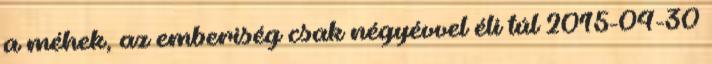
a méhek, az emberiség csak négyévvel éli túl 2015-04-30